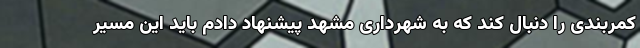
کمربندی را دنبال کند که به شهرداری مشهد پیشنهاد دادم باید این مسیر